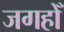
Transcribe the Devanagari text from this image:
जगहोँ